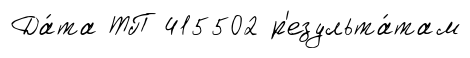
Да́та ТП 415502 р'езульта́там